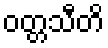
ဝတ္တသီတိ